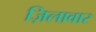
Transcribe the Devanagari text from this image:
ज़िलावार